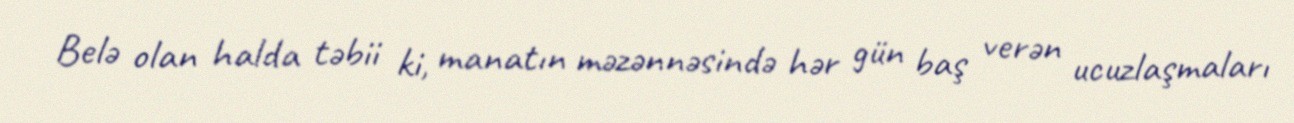
Belə olan halda təbii ki, manatın məzənnəsində hər gün baş verən ucuzlaşmaları